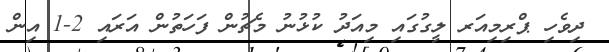
ދިވެހި ޕްރިމިއަރ ލީގުގައި މިއަދު ކުޅުނު މެޗުން ފަހަތުން އަރައި 2-1 އިން